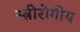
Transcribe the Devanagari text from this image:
स्त्रीरोगीय